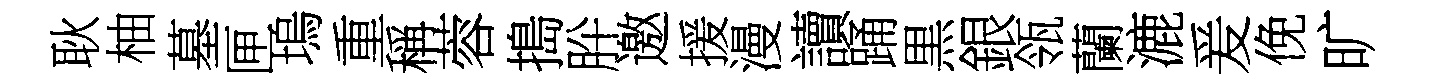
耿柚墓匣塢重稱蓉搗肸邀援漫讀踊黒銀瓴蘭漉爰俛旷